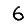
Digit: 6